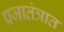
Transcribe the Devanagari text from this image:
प्रजातंत्रात